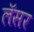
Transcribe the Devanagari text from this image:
लॅसर